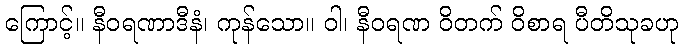
ကြောင့်။ နီဝရဏာဒီနံ၊ ကုန်သော။ ဝါ၊ နီဝရဏ ဝိတက် ဝိစာရ ပီတိသုခဟု